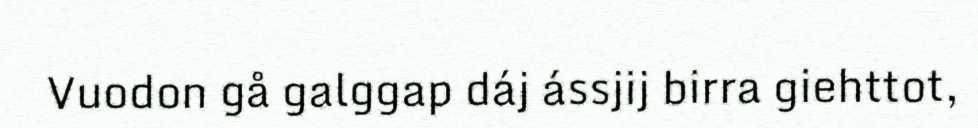
Vuodon gå galggap dáj ássjij birra giehttot,